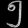
Digit: ၅